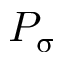
P _ { \upsigma }